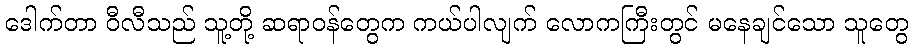
ဒေါက်တာ ဝီလီသည် သူ့တို့ ဆရာဝန်တွေက ကယ်ပါလျက် လောကကြီးတွင် မနေချင်သော သူတွေ